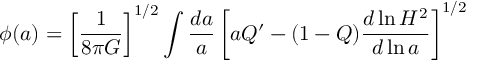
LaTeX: \phi ( a ) = \left[ \frac { 1 } { 8 \pi G } \right] ^ { 1 / 2 } \int \frac { d a } { a } \left[ a Q ^ { \prime } - ( 1 - Q ) \frac { d \ln H ^ { 2 } } { d \ln a } \right] ^ { 1 / 2 }